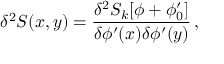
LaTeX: \delta ^ { 2 } S ( x , y ) = \frac { \delta ^ { 2 } S _ { k } [ \phi + \phi _ { 0 } ^ { \prime } ] } { \delta \phi ^ { \prime } ( x ) \delta \phi ^ { \prime } ( y ) } \, ,